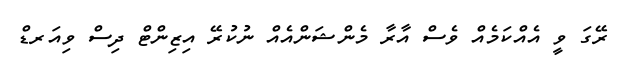
ރޭގަ ވީ އެއްކަމެއް ވެސް އާރާ މެންޝަންއެއް ނުކުރޭ އިޒިންޓް ދިސް ވިއަރޑް